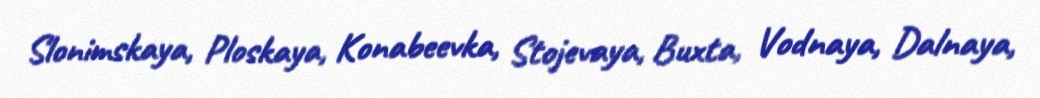
Slonimskaya, Ploskaya, Konabeevka, Stojevaya, Buxta, Vodnaya, Dalnaya,